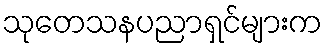
သုတေသနပညာရှင်များက